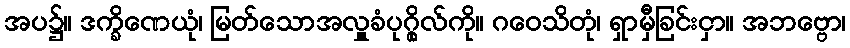
အပ၌။ ဒက္ခိဏေယုံ၊ မြတ်သောအလှူခံပုဂ္ဂိုလ်ကို။ ဂဝေသိတုံ၊ ရှာမှီခြင်းငှာ။ အဘဗ္ဗော၊